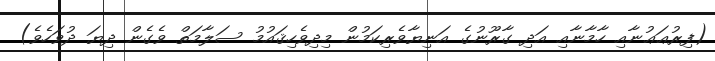
(ފިރުޢަޢުނާއި ހާމާނާއި އަދި ގާރޫނުގެ އަނިޔާވެރިކަމުން މިދިވެހިޤައުމު ސަލާމަތް ވެގެން ދިޔަ ދުވަހެވެ)